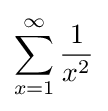
\sum _{x=1}^{\infty }{\frac {1}{x^{2}}}